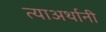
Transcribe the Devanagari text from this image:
त्याअर्थानी